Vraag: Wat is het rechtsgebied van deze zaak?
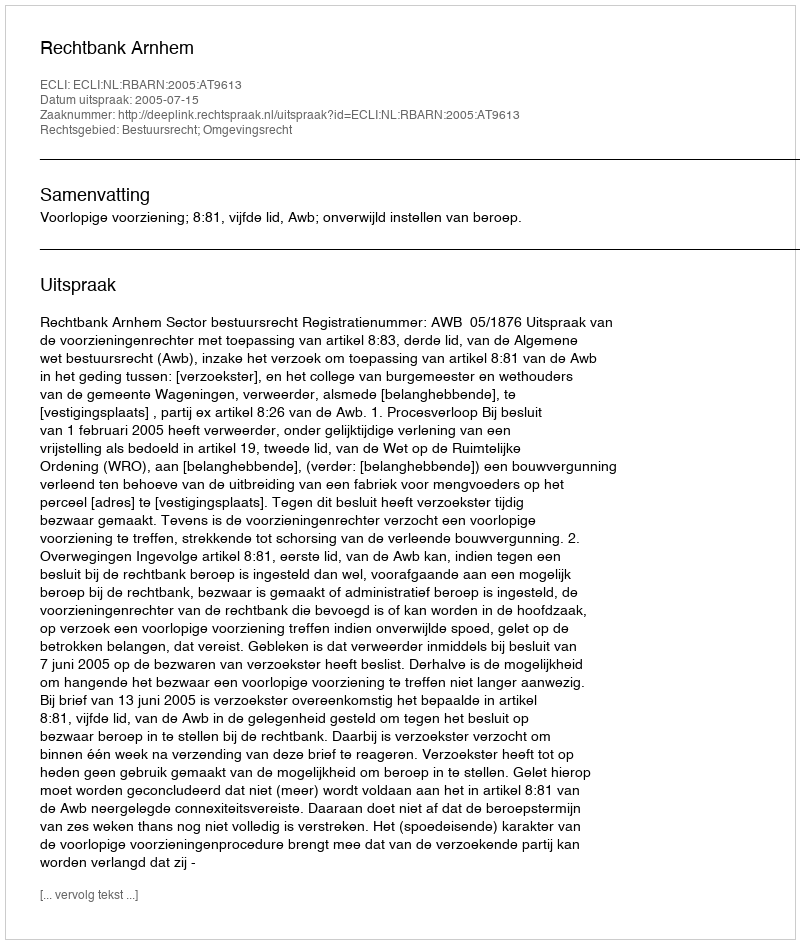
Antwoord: Bestuursrecht; Omgevingsrecht